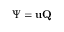
\Psi = \mathbf { u } \mathbf { Q }